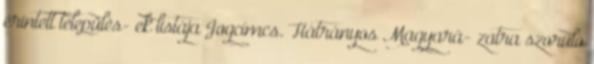
érintett település- ek listája Jogcímcs. Hátrányos Magyará- zatra szoruló